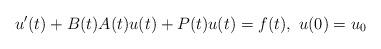
LaTeX: \begin{align*}u'(t) + B(t) A(t) u(t) + P(t) u(t) = f(t), \ u(0) = u_0\end{align*}